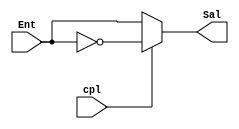
//Complementador a 1 de 4 bits
module compl1(output wire [3:0] Sal, input wire [3:0] Ent, input wire cpl);

assign Sal = ( cpl == 0 )? Ent: ~Ent;

endmodule